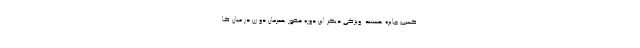
کسب جایزه هستند. ویژگی دیگر این دوره حضور همزمان دو زن در میان کا